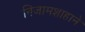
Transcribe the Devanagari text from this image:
निजामशाहाने